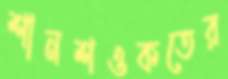
শানশওকতের